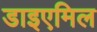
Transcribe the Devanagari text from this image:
डाइएमिल